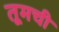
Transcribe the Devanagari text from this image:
तूमची